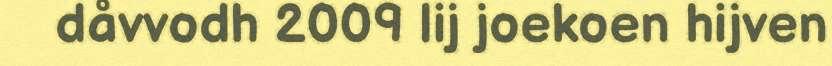
dåvvodh 2009 lij joekoen hijven